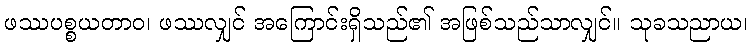
ဖဿပစ္စယတာဝ၊ ဖဿလျှင် အကြောင်းရှိသည်၏ အဖြစ်သည်သာလျှင်။ သုခသညာယ၊